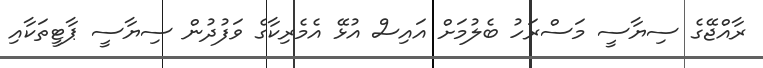
ރާއްޖޭގެ ސިޔާސީ މަސްރަހު ބެލުމަށް އައިސް އުޅޭ އެމެރިކާގެ ވަފުދުން ސިޔާސީ ޕާޓީތަކާއި